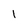
Character: 1